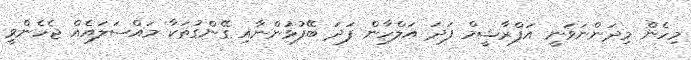
މިހެން މިދަންނަވަނީ އަފްރާޝީމް ފަދަ އަލްހާން ފަދަ ބޭފުޅުންނާއި ގޭންގުތަކާ މައްސަލައެއް ޖެހެންވީ